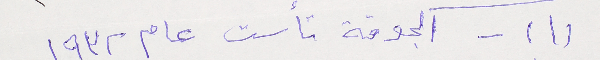
(١) - الجوقة تأست عام١٩٣٢